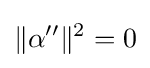
\|\alpha ''\|^{2}=0